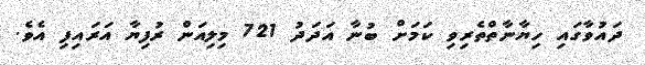
ދައުވާގައި ހިޔާނާތްތެރިވި ކަމަށް ބުނާ އަދަދު 721 މިލިއަން ރުފިޔާ އަރައިފި އެވެ.